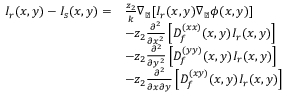
\begin{array} { r l r l } { I _ { r } ( x , y ) - I _ { s } ( x , y ) = } & { \frac { z _ { 2 } } { k } \nabla _ { \perp } [ I _ { r } ( x , y ) \nabla _ { \perp } \phi ( x , y ) ] } & & { } \\ & { - z _ { 2 } \frac { \partial ^ { 2 } } { \partial x ^ { 2 } } \left[ D _ { f } ^ { ( x x ) } ( x , y ) I _ { r } ( x , y ) \right] } \\ & { - z _ { 2 } \frac { \partial ^ { 2 } } { \partial y ^ { 2 } } \left[ D _ { f } ^ { ( y y ) } ( x , y ) I _ { r } ( x , y ) \right] } \\ & { - z _ { 2 } \frac { \partial ^ { 2 } } { \partial x \partial y } \left[ D _ { f } ^ { ( x y ) } ( x , y ) I _ { r } ( x , y ) \right] } \end{array}